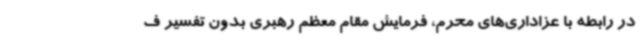
در رابطه با عزاداری‌های محرم، فرمایش مقام معظم رهبری بدون تفسیر ف